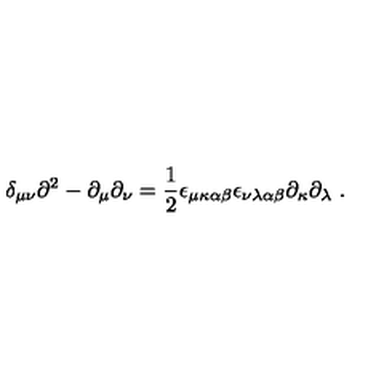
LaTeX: \delta _ { \mu \nu } \partial ^ { 2 } - \partial _ { \mu } \partial _ { \nu } = \frac { 1 } { 2 } \epsilon _ { \mu \kappa \alpha \beta } \epsilon _ { \nu \lambda \alpha \beta } \partial _ { \kappa } \partial _ { \lambda } \ .